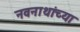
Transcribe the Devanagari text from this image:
नवनाथांच्या